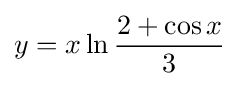
y=x\ln {2+\cos x \over 3}